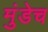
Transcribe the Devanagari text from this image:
मुंडेच